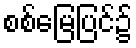
စစ်မြေပြင်၌